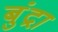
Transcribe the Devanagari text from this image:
बुंद्रा